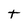
Character: t